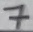
Text: 7